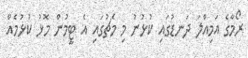
ރޯމާގެ އަމިއްލަ ދަނޑުގައި ކުޅުނު މި މެޗުގައި އެ ޓީމުން މޮޅު ކުޅުމެއް